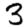
Digit: 3